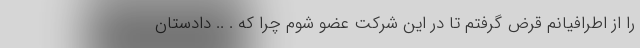
را از اطرافیانم قرض گرفتم تا در این شرکت عضو شوم چرا که . .. دادستان